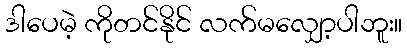
ဒါပေမဲ့ ကိုတင်နိုင် လက်မလျှော့ပါဘူး။